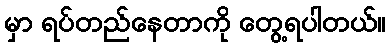
မှာ ရပ်တည်နေတာကို တွေ့ရပါတယ်။